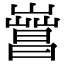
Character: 𣋎